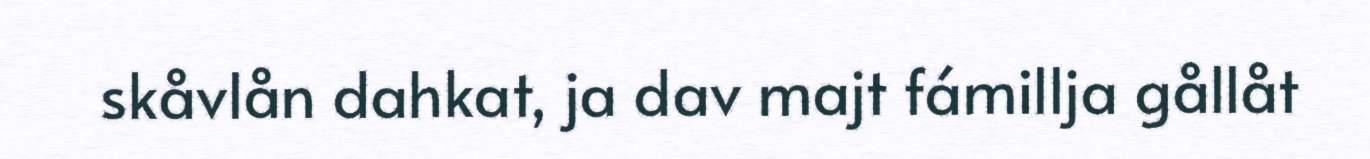
skåvlån dahkat, ja dav majt fámillja gållåt